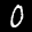
Label: 0